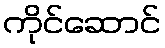
ကိုင်ဆောင်